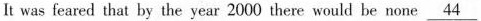
It was feared that by the year 2000 there would be none \underline{44}